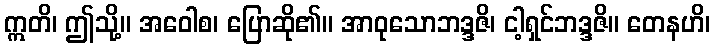
ဣတိ၊ ဤသို့။ အဝေါစ၊ ပြောဆို၏။ အာဝုသောဘဒ္ဒဇိ၊ ငါ့ရှင်ဘဒ္ဒဇိ။ တေနဟိ၊